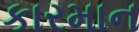
કારમાન